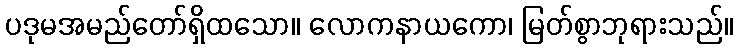
ပဒုမအမည်တော်ရှိထသော။ လောကနာယကော၊ မြတ်စွာဘုရားသည်။